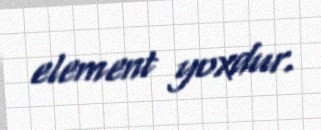
element yoxdur.